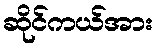
ဆိုင်ကယ်အား